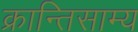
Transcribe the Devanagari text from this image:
क्रान्तिसाम्य